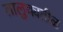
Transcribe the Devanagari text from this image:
तालुक्यतीळ